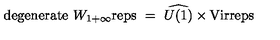
\mathrm { d e g e n e r a t e } \ W _ { 1 + \infty } \mathrm { r e p s } \ = \ \widehat { U ( 1 ) } \times \mathrm { V i r } \mathrm { r e p s } \